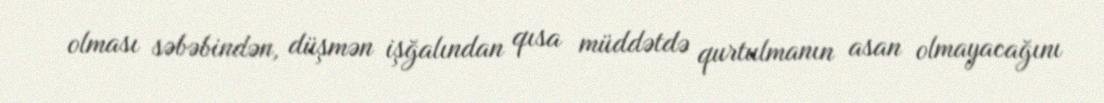
olması səbəbindən, düşmən işğalından qısa müddətdə qurtulmanın asan olmayacağını